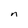
Character: n